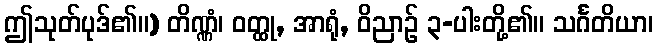
ဤသုတ်ပုဒ်၏။) တိဏ္ဏံ၊ ဝတ္ထု, အာရုံ, ဝိညာဉ် ၃-ပါးတို့၏။ သင်္ဂတိယာ၊